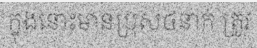
ក្នុងនោះមានប្រុស៤នាក់ ត្រូវ